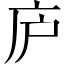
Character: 庐